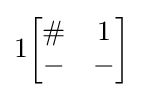
1{\begin{bmatrix}\#&1\\-&-\end{bmatrix}}